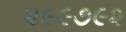
૨૯૯૭૯૨